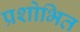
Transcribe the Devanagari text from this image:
प्रशोभित